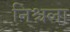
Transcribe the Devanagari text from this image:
निश्चला